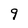
Character: 9